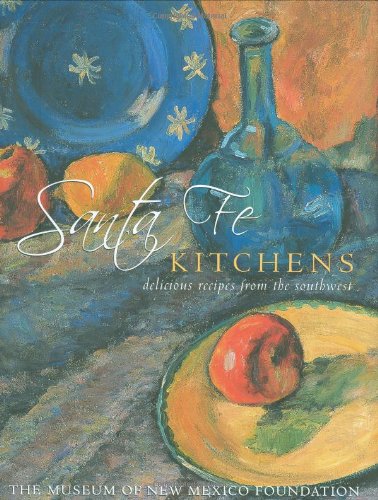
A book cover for Santa Fe Kitchens: Delicious Recipes from the Southwest; Cookbooks, Food & Wine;